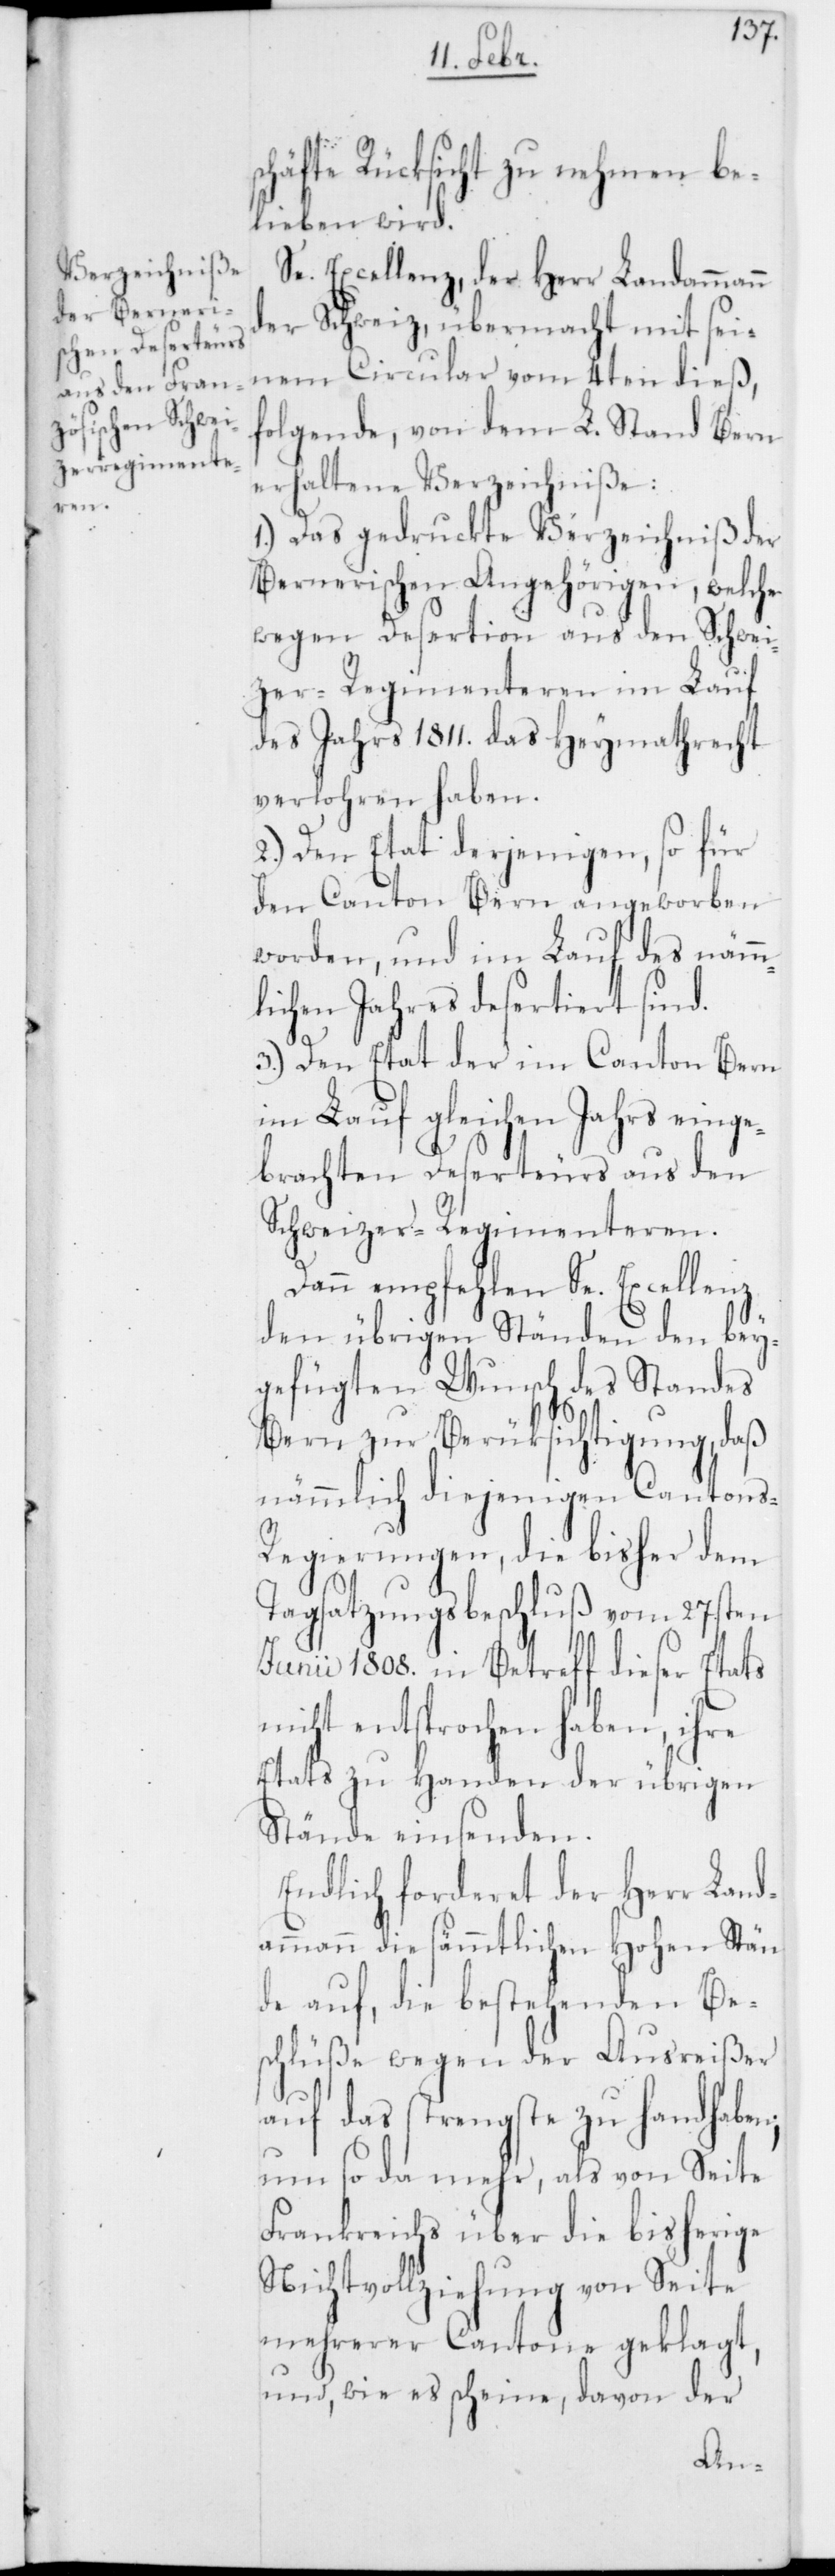
schäfte Rücksicht zu nehmen be¬
lieben wird.
Se. Excellenz, der Herr Landammann
der Schweiz, übermacht mit sei¬
nem Circular vom 4ten dieß,
folgende, von dem L. Stand Bern
erhaltene Verzeichniße:
1.) Das gedruckte Verzeichniß der
Bernerischen Angehörigen, welche
wegen Desertion aus den Schwei¬
zer-Regimenteren im Lauf
des Jahrs 1811. das Heymathrecht
verlohren haben.
2.) Den Etat derjenigen, so für
den Canton Bern angeworben
worden, und im Lauf des nämm¬
lichen Jahres desertiert sind.
3.) Den Etat der im Canton Bern
im Lauf gleichen Jahrs einge¬
brachten Deserteurs aus den
Schweizer-Regimenteren.
Dann empfehlen Se. Excellenz
den übrigen Ständen den bey¬
gefügten Wunsch des Standes
Bern, zur Berüksichtigung, daß
nämmlich diejenigen Cantons-R¬
egierungen, die bisher dem
Tagsatzungsbeschluß vom 27sten
Junii 1808. in Betreff dieser Etats
nicht entsprochen haben, ihre
Etats zu Handen der übrigen
Stände einsenden.
Endlich forderet der Herr Land¬
ammann die sämmtlichen Hohen Stän¬
de auf, die bestehenden Be¬
schlüße wegen der Ausreißer
auf das strengste zu handhaben;
um so da mehr, als von Seite
Frankreichs über die bisherige
Nichtvollziehung von Seite
mehrerer Cantone geklagt,
und, wie es scheine, davon der